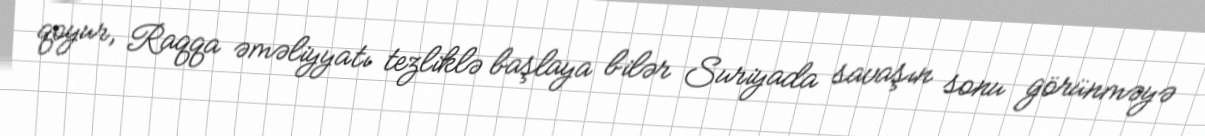
qoyur, Raqqa əməliyyatı tezliklə başlaya bilər Suriyada savaşın sonu görünməyə